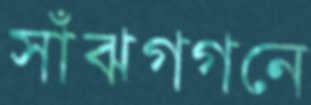
সাঁঝগগনে